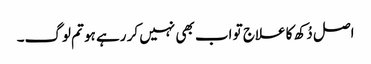
اصل دُکھ کا علاج تو اب بھی نہیں کر رہے ہو تم لوگ۔